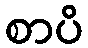
စာပိ